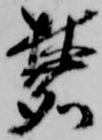
麓